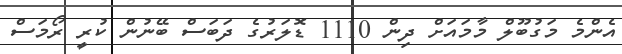
އެންމެ މަގުބޫލް މާމައަށް ދިން 1110 ޑޮލަރުގެ ދަބަސް ބޭނުން ކުރީ ރޯމަސް